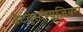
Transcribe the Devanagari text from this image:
ब्रैटवुर्स्टम्यूज़ियम